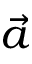
\vec { a }